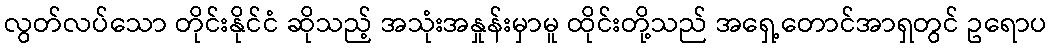
လွတ်လပ်သော တိုင်းနိုင်ငံ ဆိုသည့် အသုံးအနှုန်းမှာမူ ထိုင်းတို့သည် အရှေ့တောင်အာရှတွင် ဥရောပ